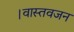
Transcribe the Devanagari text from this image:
।वास्तवजन